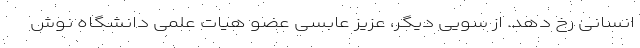
انسانی رخ دهد. از سویی دیگر، عزیز عابسی عضو هیات علمی دانشگاه نوش